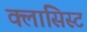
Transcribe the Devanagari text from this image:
क्लासिस्ट